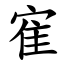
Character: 寉